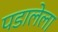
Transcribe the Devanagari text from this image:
पडालेला